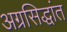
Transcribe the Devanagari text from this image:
अग्रसिद्धांत